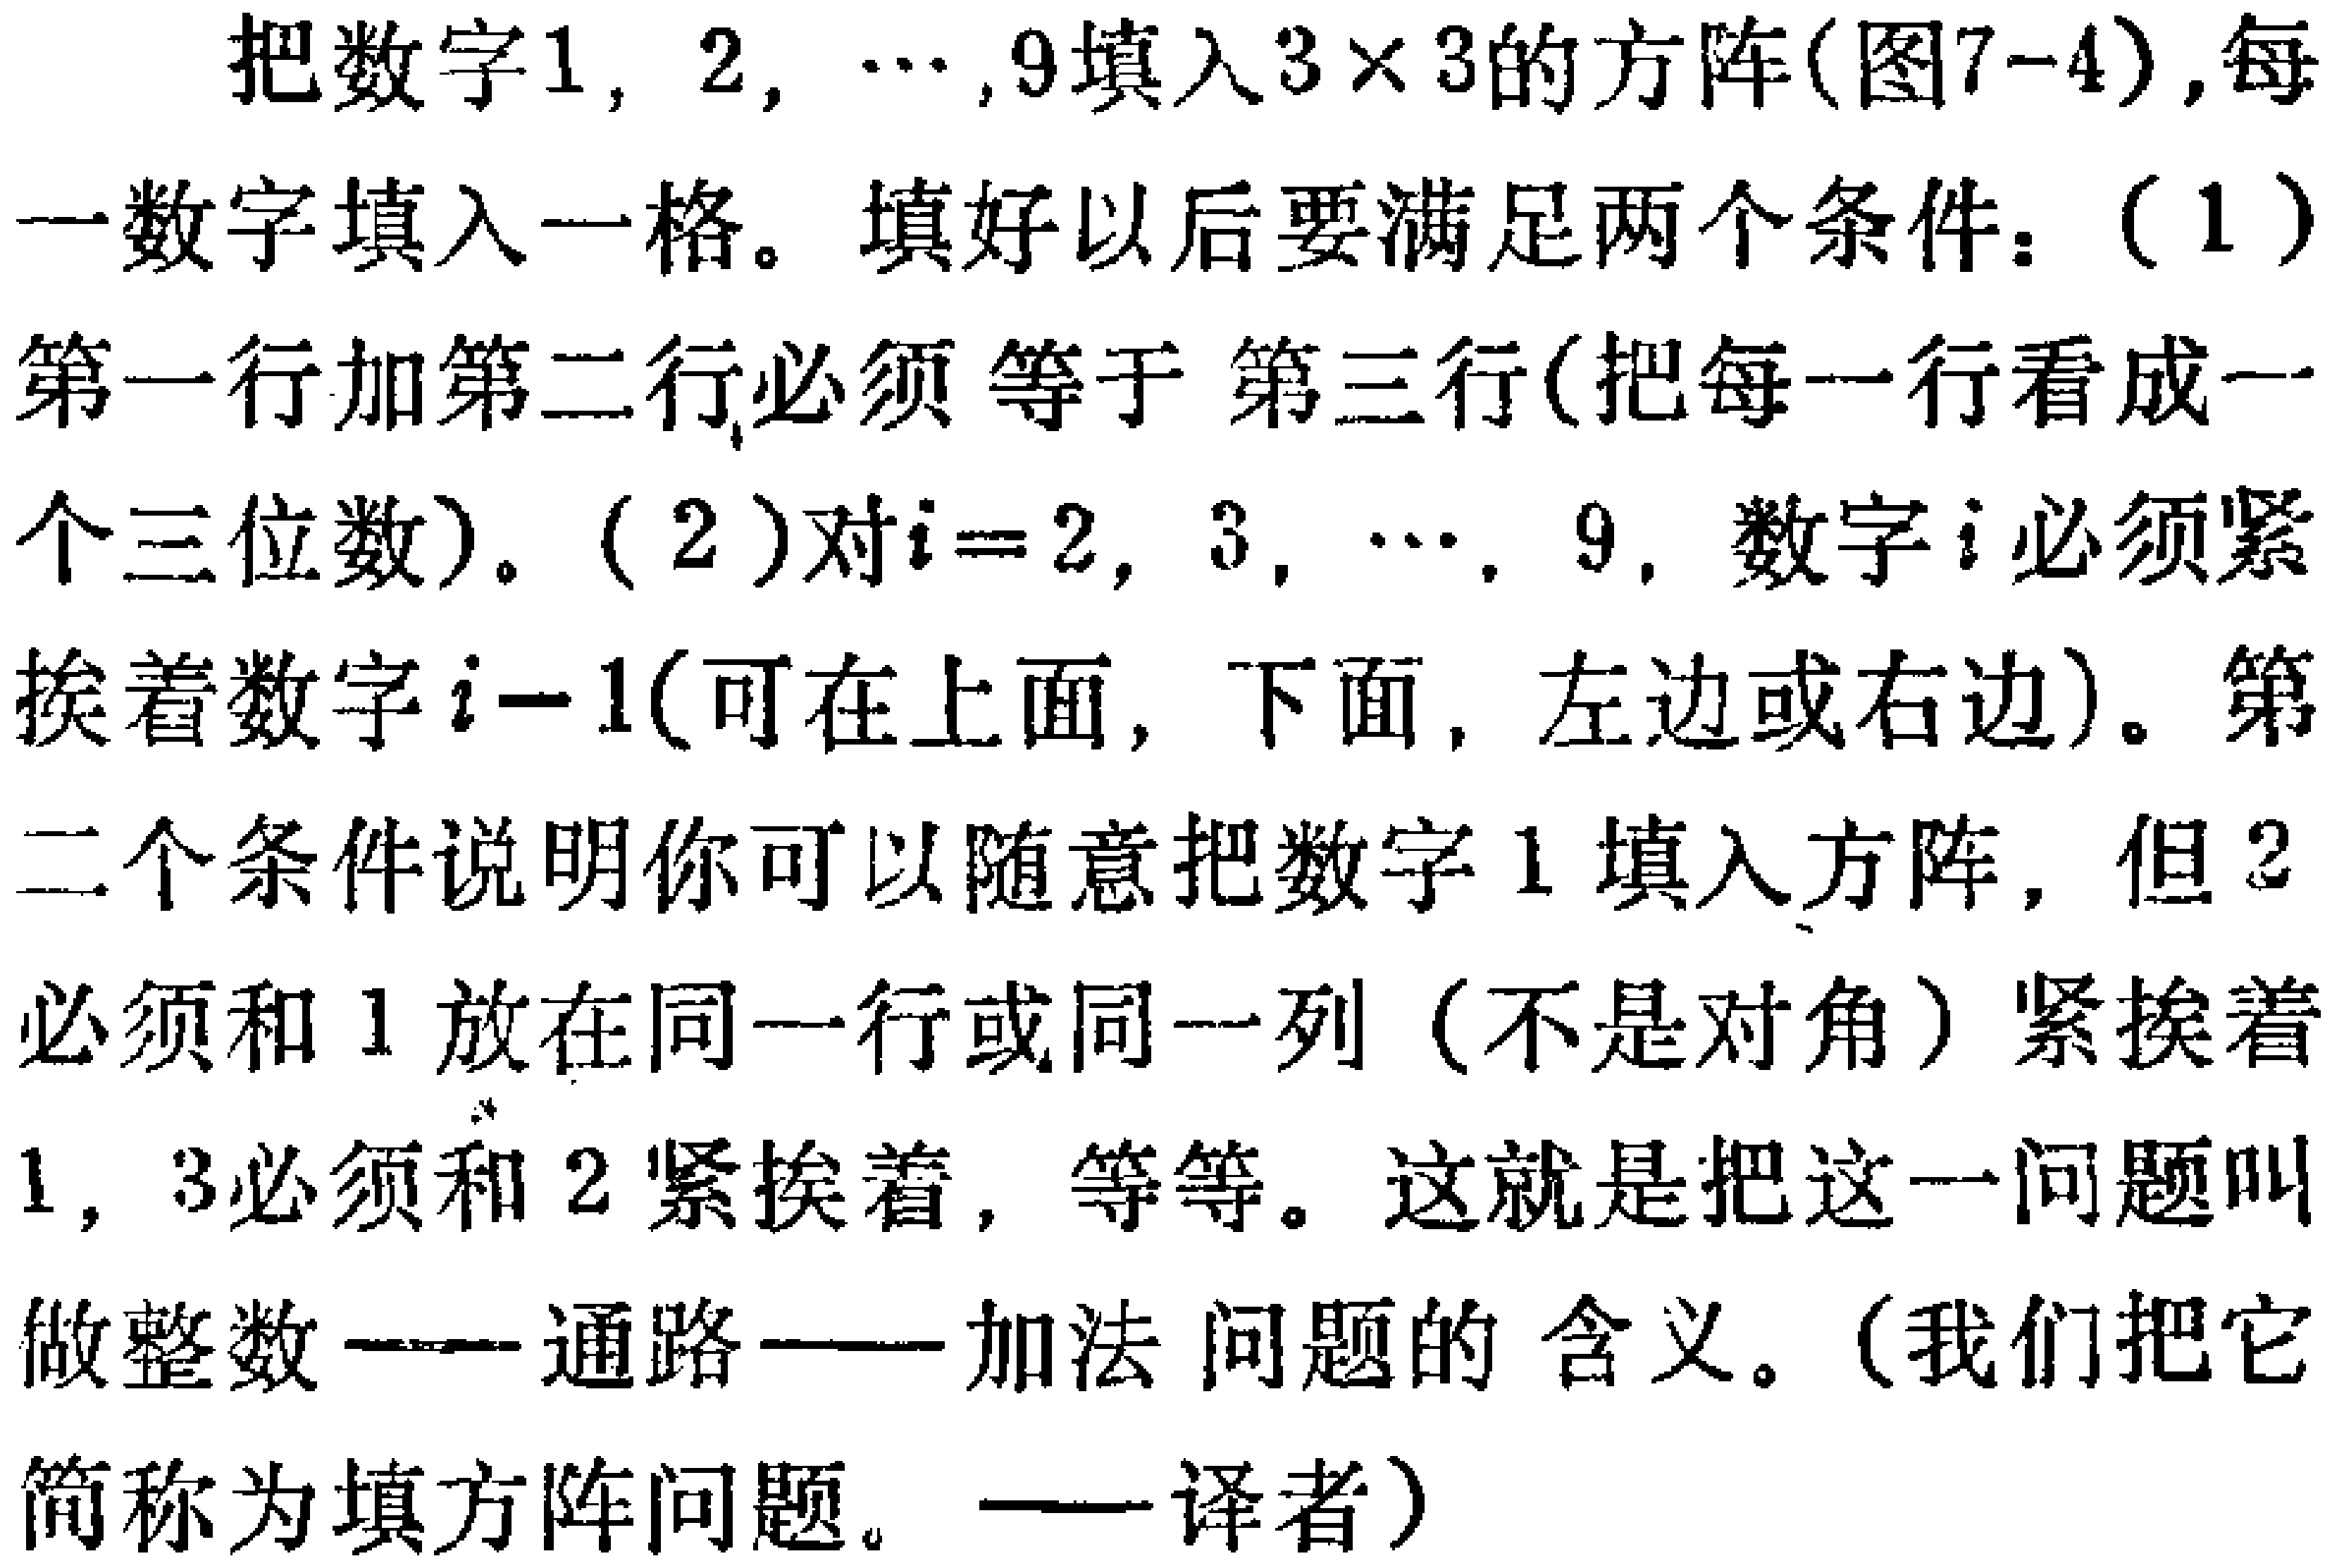
把数字\(1,2,\cdots,9\)填入\(3\times3\)的方阵(图7 - 4),每一数字填入一格。填好以后要满足两个条件：（1）第一行加第二行必须等于第三行(把每一行看成一个三位数)。（2）对\(i = 2,3,\cdots,9\)，数字\(i\)必须紧挨着数字\(i - 1\)(可在上面,下面,左边或右边)。第二个条件说明你可以随意把数字\(1\)填入方阵,但\(2\)必须和\(1\)放在同一行或同一列（不是对角）紧挨着\(1\)，\(3\)必须和\(2\)紧挨着，等等。这就是把这一问题叫做整数——通路——加法问题的含义。（我们把它简称为填方阵问题。——译者）